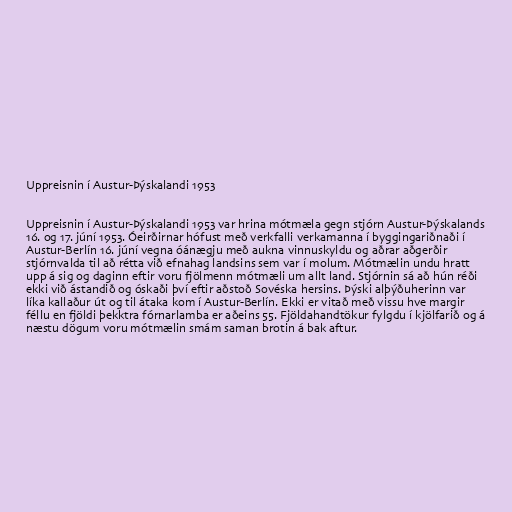
Uppreisnin í Austur-Þýskalandi 1953

Uppreisnin í Austur-Þýskalandi 1953 var hrina mótmæla gegn stjórn Austur-Þýskalands
16. og 17. júní 1953. Óeirðirnar hófust með verkfalli verkamanna í byggingariðnaði í
Austur-Berlín 16. júní vegna óánægju með aukna vinnuskyldu og aðrar aðgerðir
stjórnvalda til að rétta við efnahag landsins sem var í molum. Mótmælin undu hratt
upp á sig og daginn eftir voru fjölmenn mótmæli um allt land. Stjórnin sá að hún réði
ekki við ástandið og óskaði því eftir aðstoð Sovéska hersins. Þýski alþýðuherinn var
líka kallaður út og til átaka kom í Austur-Berlín. Ekki er vitað með vissu hve margir
féllu en fjöldi þekktra fórnarlamba er aðeins 55. Fjöldahandtökur fylgdu í kjölfarið og á
næstu dögum voru mótmælin smám saman brotin á bak aftur.